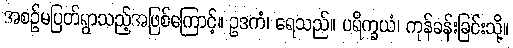
အစဉ်မပြတ်ရွာသည့်အဖြစ်ကြောင့်။ ဥဒကံ၊ ရေသည်။ ပရိက္ခယံ၊ ကုန်ခန်းခြင်းသို့။